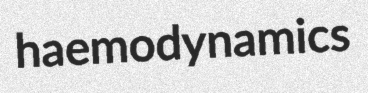
haemodynamics